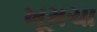
ખૂમચા